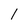
Character: 1